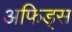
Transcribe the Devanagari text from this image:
अफिड्स